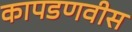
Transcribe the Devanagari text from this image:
कापडणवीस